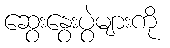
ဆွေးနွေးပွဲများကို